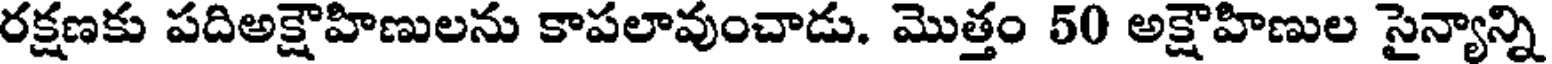
రక్షణకు పదిఅక్షౌహిణులను కాపలావుంచాడు. మొత్తం 50 అక్షౌహిణుల సైన్యాన్ని